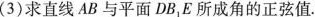
(3)求直线AB与平面DB_{1}E所成角的正弦值。